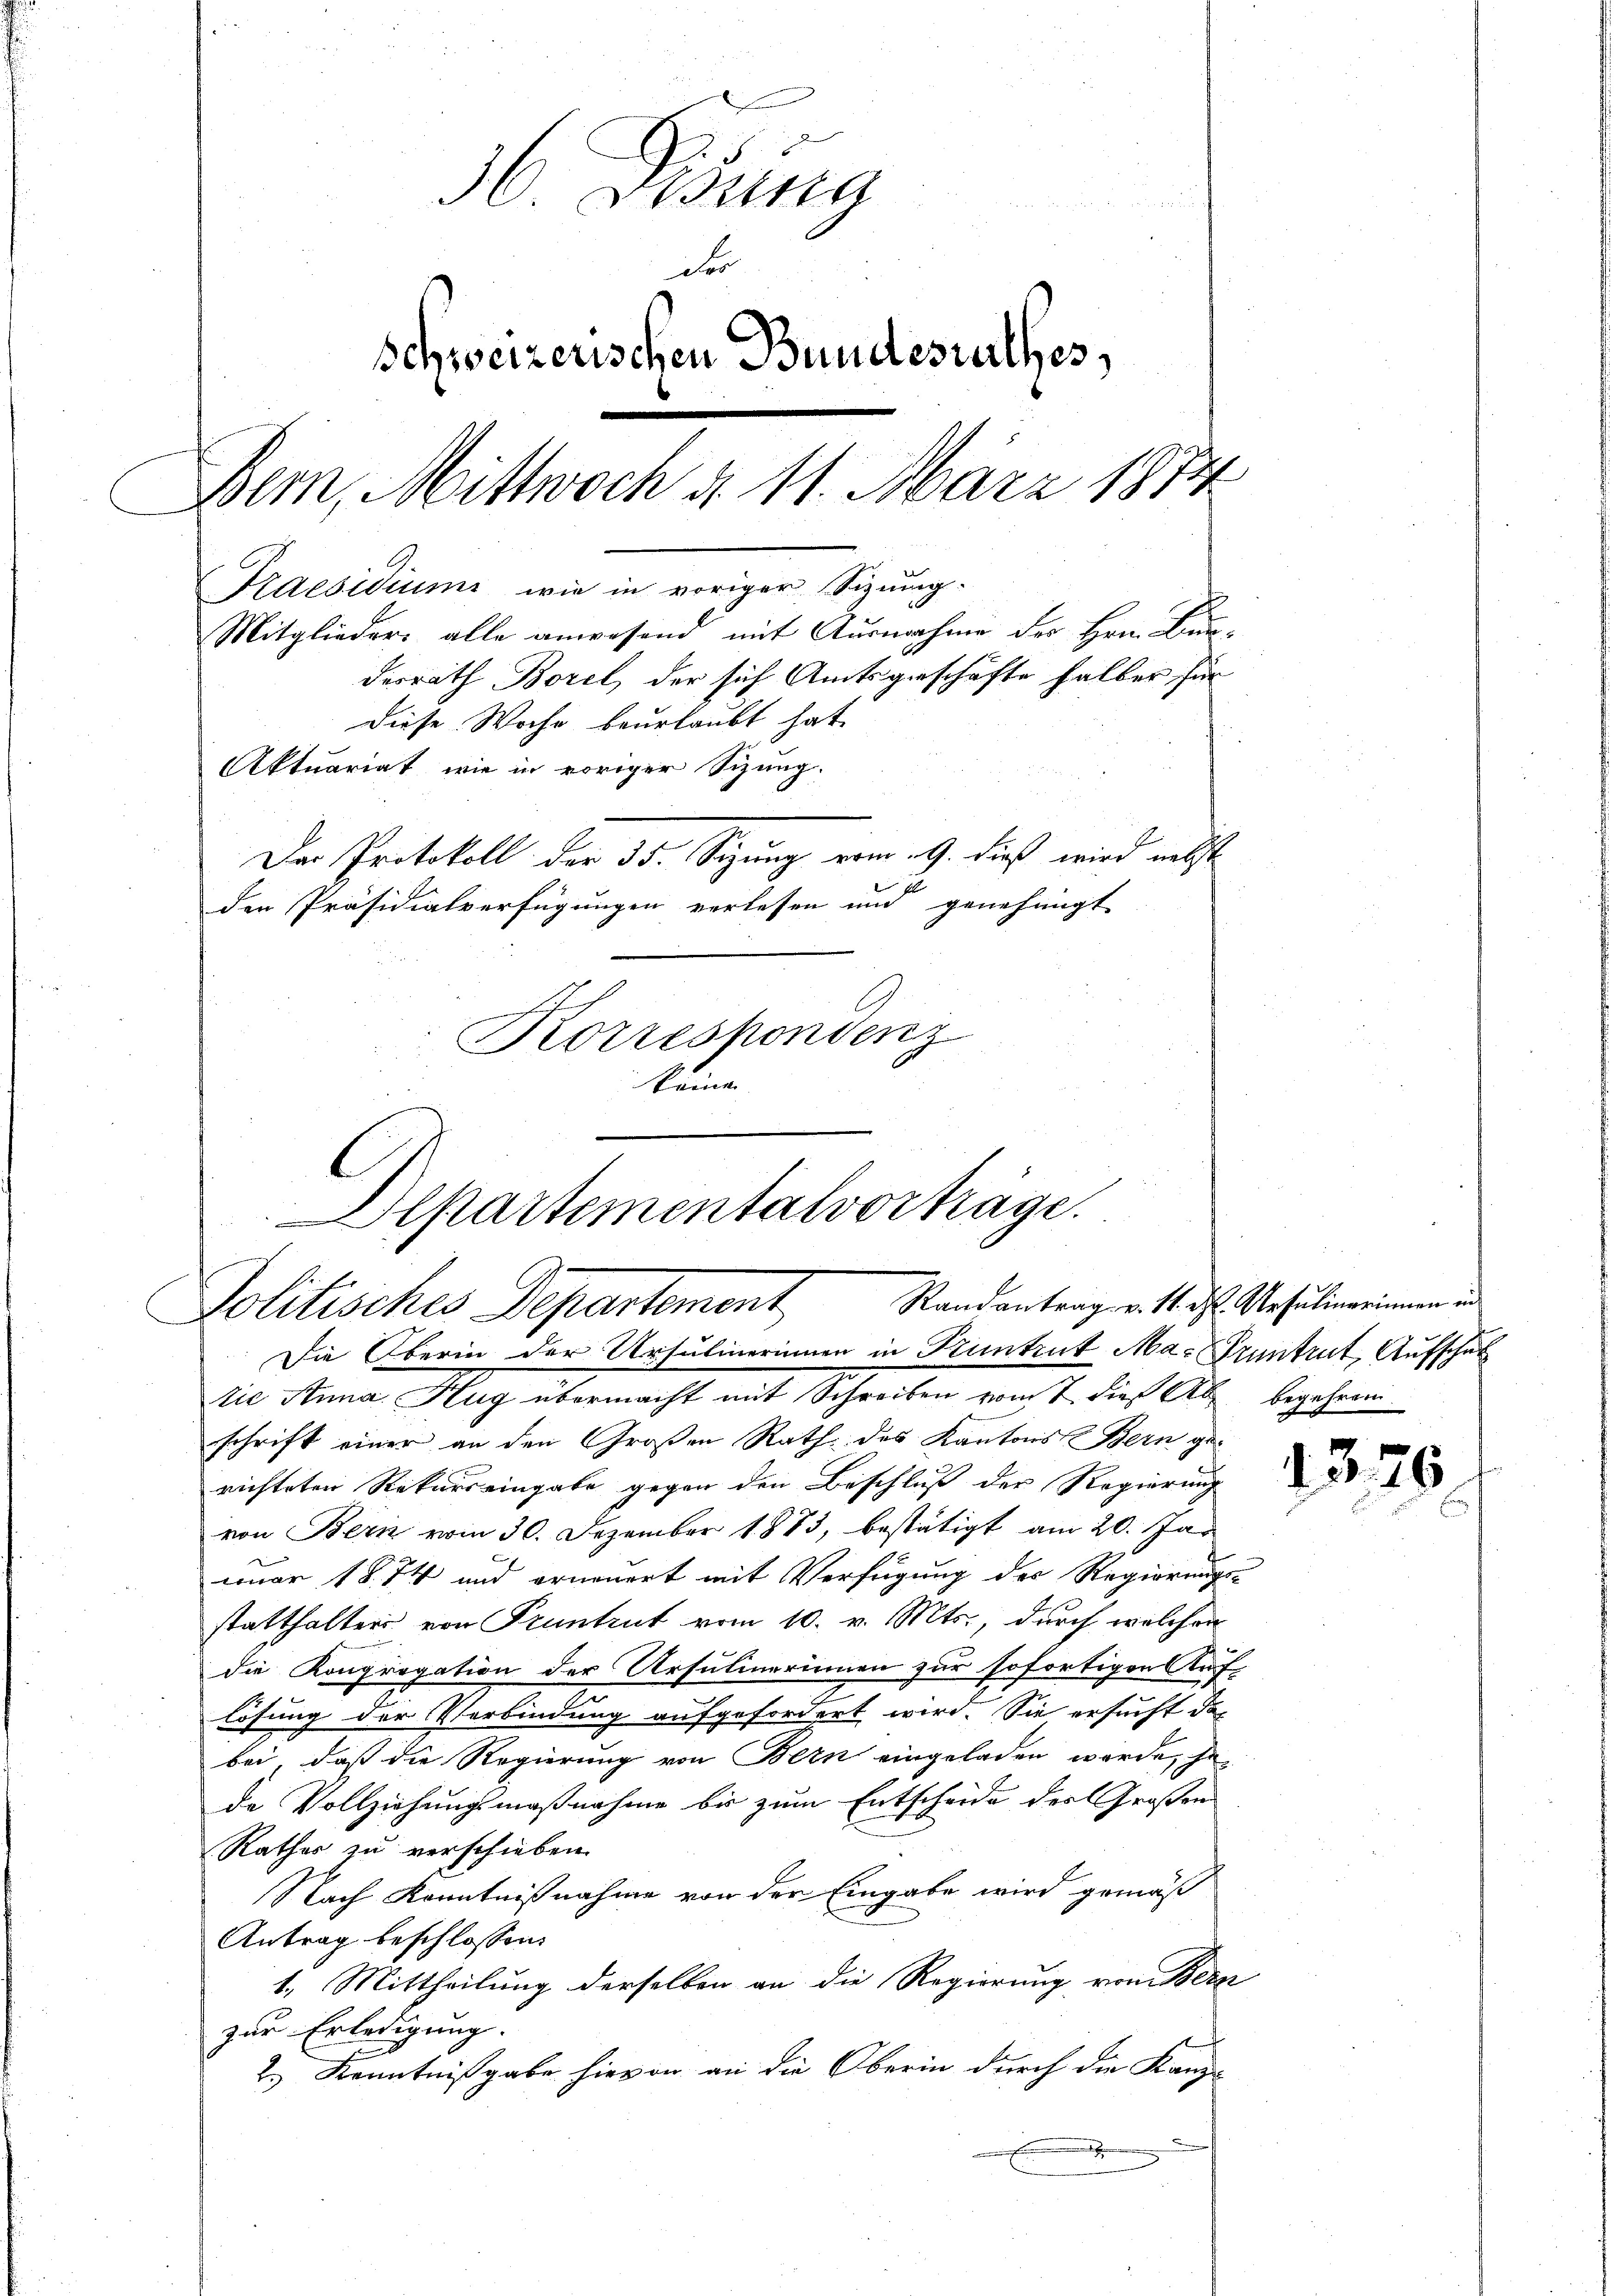
36. Desing
deo
schweizerischen Bundesurthes,
Bern, Mittwoch d. 11. März 1874
Praesidium wie in voriger Sizung.
Mitglieder, alle anwesend mit Ausnahme der Hrn. Bundesrath Borel, der sich Amtsgeschäfte halber für
diese Woche beurlaubt hat.
Aktuariat, wie in voriger Sizung.
Der Protokoll der 35. Segung vom 9. dieß wird nebst
den Präsidialverfügungen verlesen und genehmigt
Korrespondenz
ken

Apartementalvortrage.
Randantrag v. 11. d. Ursulinerinnen in
Politisches Departement
Die Oberin der Ursulinerinnen in Pruntrut Ma-Pruntrut, Aufschul

Die Anna Mag übermacht mit Schreiben vom 1. dies Alle begehenen
schrift einer an den Großen Rath des Kantons Bern gerichteten Rekurs eingabe gegen den Beschluß der Regierung
von Bern vom 30. Dezember 1883, bestätigt am 20. Jan
nuar 1874 und erneuert mit Verfügung des Regierungs-
statthalter von Pruntrut vom 10. v. Mts., durch welchen
die Kongregation der Ursulinerinnen zur sofortigen Auf-
lösung der Verbindung aufgefordert wird. Sie ersucht das
bei, daß die Regierung von Bern eingeladen werde, he
de Vollziehungsmaßnahme bis zum Entscheide der Großen
Rathes zu verschieben.
Nach Kenntnißnahme von der Eingabe wird gemäß
Antrag beschlossen:
1. Mittheilung derselben an die Regierung vom Bern
zur Erledigung.
2.) Kenntnißgabe hievon an die Oberin durch die Kanz-
E

1576